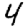
Digit: 4